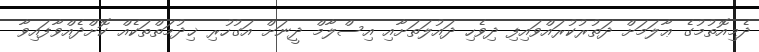
ދެމިއޮތުމުގެ ޢާލަމަށް ދަތުރުކުރައްވައިފި ދިވެހި ދައުލަތަށާއި އިސްލާމް ދީނަށް އަގުހުރި ޚިދުމަތްތަކެއް ކޮށްދެއްވާފައިވާ